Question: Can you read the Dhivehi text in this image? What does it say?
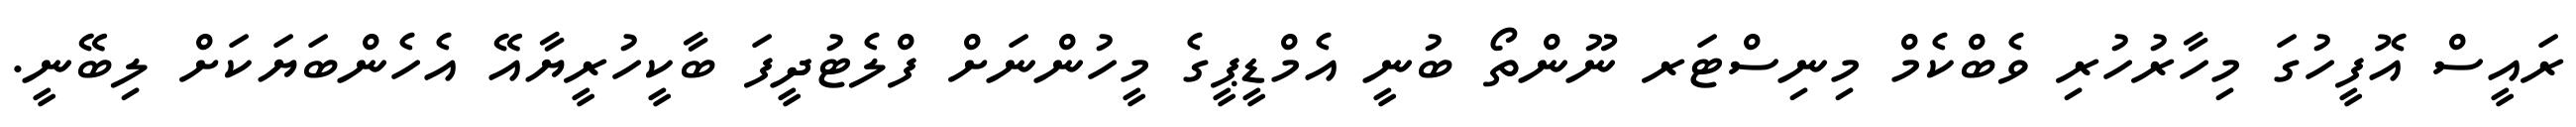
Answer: ރައީސް އޮފީހުގަ މިހާރުހުރި ވެބްކެމް މިނިސްޓަރ ނޫންތޯ ބުނީ އެމްޑީޕީގެ މީހުންނަށް ފްލެޓުދީފަ ބާކީހުރީޔާއޭ އެހެންބަޔަކަށް ލިބޭނީ.